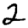
Digit: 2